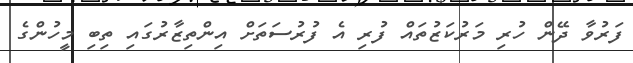
ފަރުވާ ދޭން ހުރި މަރުކަޒުތައް ފުރި އެ ފުރުސަތަށް އިންތިޒާރުގައި ތިބި މީހުންގެ